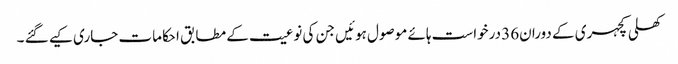
کھلی کچہری کے دوران36 درخواست ہائے موصول ہوئیں جن کی نوعیت کے مطابق احکامات جاری کیے گئے ۔